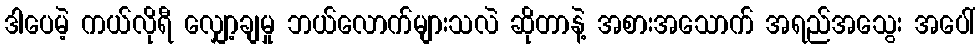
ဒါပေမဲ့ ကယ်လိုရီ လျှော့ချမှု ဘယ်လောက်များသလဲ ဆိုတာနဲ့ အစားအသောက် အရည်အသွေး အပေါ်